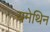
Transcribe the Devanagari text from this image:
यमेथिन